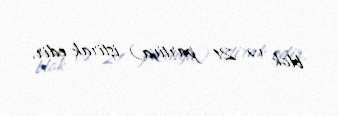
blok və 21 partiya) iştirak edir.